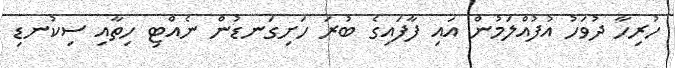
ހުރިހާ ދުވަހު އުފުއްލަމުން އައި ފާފައިގެ ބުރަ ހަށިގަނޑުން ނެއްޓި ހިތާއި ސިކުނޑި